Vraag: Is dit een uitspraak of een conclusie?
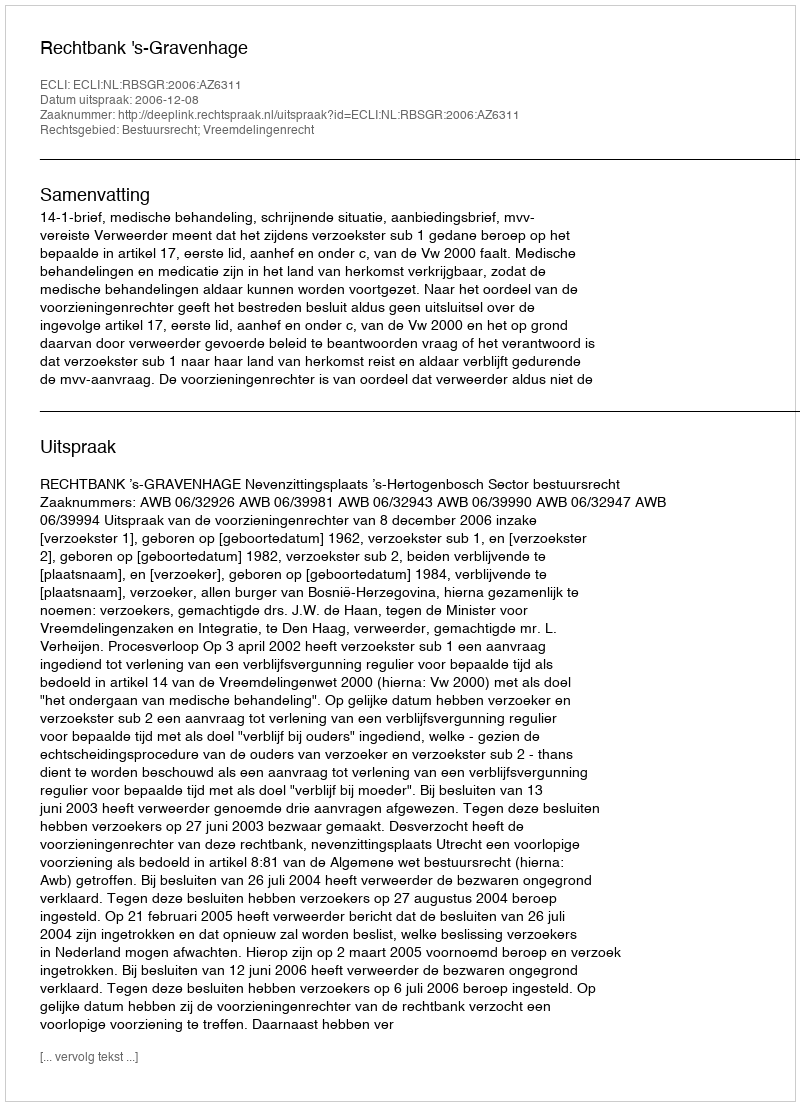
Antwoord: Uitspraak